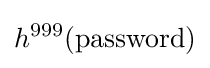
h^{999}(\mathrm {password} )